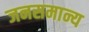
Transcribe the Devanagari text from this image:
जनसमान्य